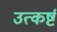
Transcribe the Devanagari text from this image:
उत्कर्ष्ट